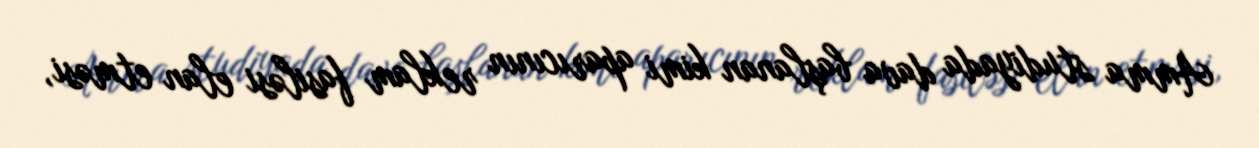
Amma studiyada dava başlanan kimi aparıcının reklam fasiləsi elan etməsi,